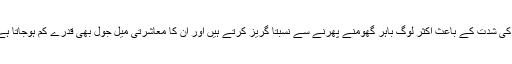
ماہر نفسیات ڈاکٹر سہیل عباس کہتے ہیں کہ موسم کی شدت کے باعث اکثر لوگ باہر گھومنے پھرنے سے نسبتاً گریز کرتے ہیں اور ان کا معاشرتی میل جول بھی قدرے کم ہوجاتا ہے لہذا وہ ایک طرح کی اداسی کا شکار ہوجاتے ہیں۔